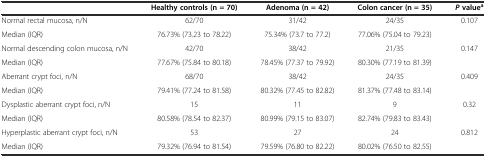
<table><thead><tr><td>[EMPTY_CELL]</td><td><b>Healthy controls (n = 70)</b></td><td><b>Adenoma (n = 42)</b></td><td><b>Colon cancer (n = 35)</b></td><td><b><i>P</i>value<sup>a</sup></b></td></tr></thead><tbody><tr><td>Normal rectal mucosa, n/N</td><td>62/70</td><td>31/42</td><td>24/35</td><td rowspan="2">0.107</td></tr><tr><td>Median (IQR)</td><td>76.73% (73.23 to 78.22)</td><td>75.34% (73.7 to 77.2)</td><td>77.06% (75.04 to 79.23)</td></tr><tr><td>Normal descending colon mucosa, n/N</td><td>42/70</td><td>38/42</td><td>21/35</td><td rowspan="2">0.147</td></tr><tr><td>Median (IQR)</td><td>77.67% (75.84 to 80.18)</td><td>78.45% (77.37 to 79.92)</td><td>80.30% (77.19 to 81.39)</td></tr><tr><td>Aberrant crypt foci, n/N</td><td>68/70</td><td>38/42</td><td>24/35</td><td rowspan="2">0.409</td></tr><tr><td>Median (IQR)</td><td>79.41% (77.24 to 81.58)</td><td>80.32% (77.45 to 82.82)</td><td>81.37% (77.48 to 83.14)</td></tr><tr><td>Dysplastic aberrant crypt foci, n/N</td><td>15</td><td>11</td><td>9</td><td rowspan="2">0.32</td></tr><tr><td>Median (IQR)</td><td>80.58% (78.54 to 82.37)</td><td>80.99% (79.15 to 83.07)</td><td>82.74% (79.83 to 83.43)</td></tr><tr><td>Hyperplastic aberrant crypt foci, n/N</td><td>53</td><td>27</td><td>24</td><td>0.812</td></tr><tr><td>Median (IQR)</td><td>79.32% (76.94 to 81.54)</td><td>79.59% (76.80 to 82.22)</td><td>80.02% (76.50 to 82.55)</td><td>[EMPTY_CELL]</td></tr></tbody></table>